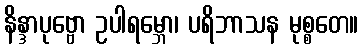
နိန္ဒာပုဗ္ဗော ဥပါရမ္ဘော၊ ပရိဘာသန မုစ္စတေ။